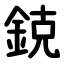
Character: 鋴